Preliminary report on the killing of rats and rat fleas by hydrocyanic acid gas - Number 38
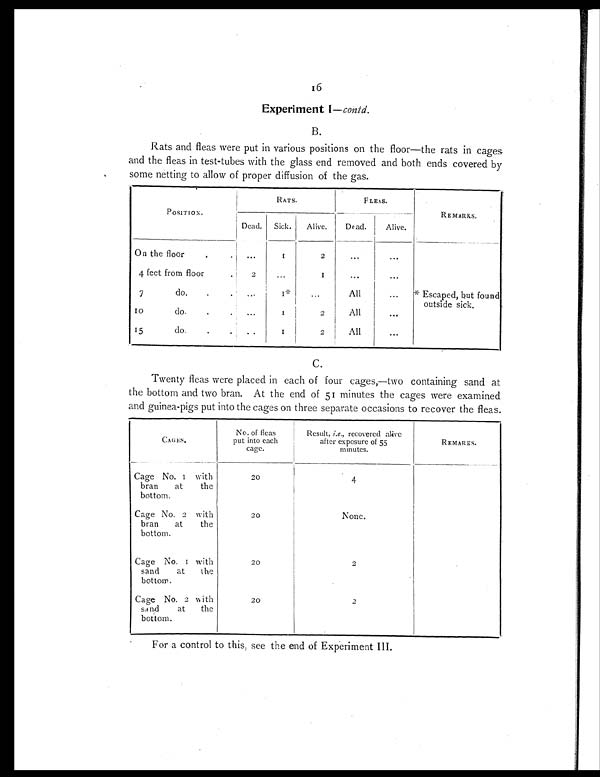
16
Experiment I— contd.
B.
Rats and fleas were put in various positions on the floor—the rats in cages
and the fleas in test-tubes with the glass end removed and both ends covered by
some netting to allow of proper diffusion of the gas.
POSITION.
RATS.
FLEAS.
REMARKS.
Dead. Sick. Alive.
Dead.
Alive.
On the floor
. . ...
1
2
...
. . .
4 feet from floor
. 2 ...
1
. . .
. . .
7 do.
.
. ...
1*
. . .
All
...
*Escaped, but found
outside sick.
10 do.
. .
. . .
1 2
All
...
15 do.
. . ..
1 2
All
...
C.
Twenty fleas were placed in each of four cages,—two containing sand at
the bottom and two bran. At the end of 51 minutes the cages were examined
and guinea-pigs put into the cages on three separate occasions to recover the fleas.
CAGES.
No. of fleas
put into each
cage.
Result, i.e., recovered alive
after exposure of 55
minutes.
REMARKS.
Cage No. 1 with
bran at the
bottom.
20
4
Cage No. 2 with
bran at the
bottom.
20
None.
Cage No. 1 with
sand at the
bottom.
20
2
Cage No. 2 with
sand at the
bottom.
20
2
For a control to this, see the end of Experiment III.